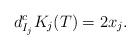
LaTeX: \begin{align*}d^c_{I_j}K_j(T)=2x_j.\end{align*}